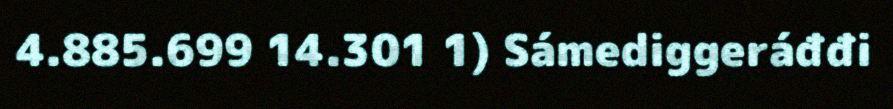
4.885.699 14.301 1) Sámediggeráđđi